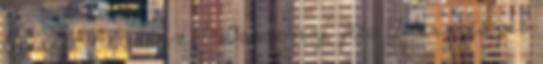
Az élet hét törv 1 Demény Zita A természet